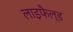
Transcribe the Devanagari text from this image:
लाइफैल्ड